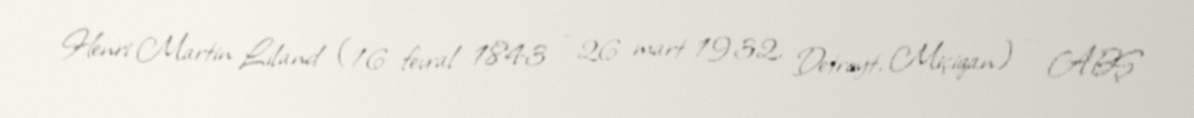
Henri Martin Liland (16 fevral 1843 – 26 mart 1932, Detroyt, Miçiqan) — ABŞ